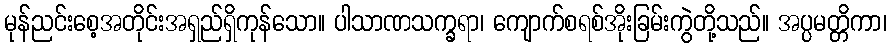
မုန်ညင်းစေ့အတိုင်းအရှည်ရှိကုန်သော။ ပါသာဏသက္ခရာ၊ ကျောက်စရစ်အိုးခြမ်းကွဲတို့သည်။ အပ္ပမတ္တိကာ၊